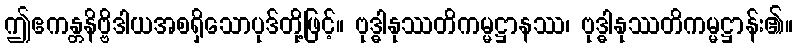
ဤဧကန္တနိဗ္ဗိဒါယအစရှိသောပုဒ်တို့ဖြင့်။ ဗုဒ္ဓါနုဿတိကမ္မဋ္ဌာနဿ၊ ဗုဒ္ဓါနုဿတိကမ္မဋ္ဌာန်း၏။